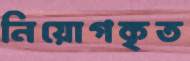
নিয়োগকৃত